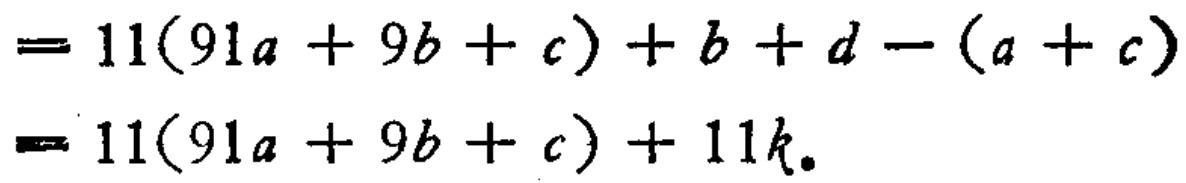
\[
\begin{align*}
&= 11(91a + 9b + c)+b + d-(a + c)\\
&= 11(91a + 9b + c)+11k.
\end{align*}
\]